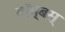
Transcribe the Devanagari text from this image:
बॉम्बस्